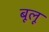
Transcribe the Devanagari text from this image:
बूलू